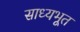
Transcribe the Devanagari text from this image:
साध्यभूत